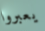
يعبروا